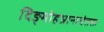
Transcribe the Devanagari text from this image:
दिङ्मोहभ्रान्तचेतसः